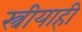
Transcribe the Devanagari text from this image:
स्त्रीयाही